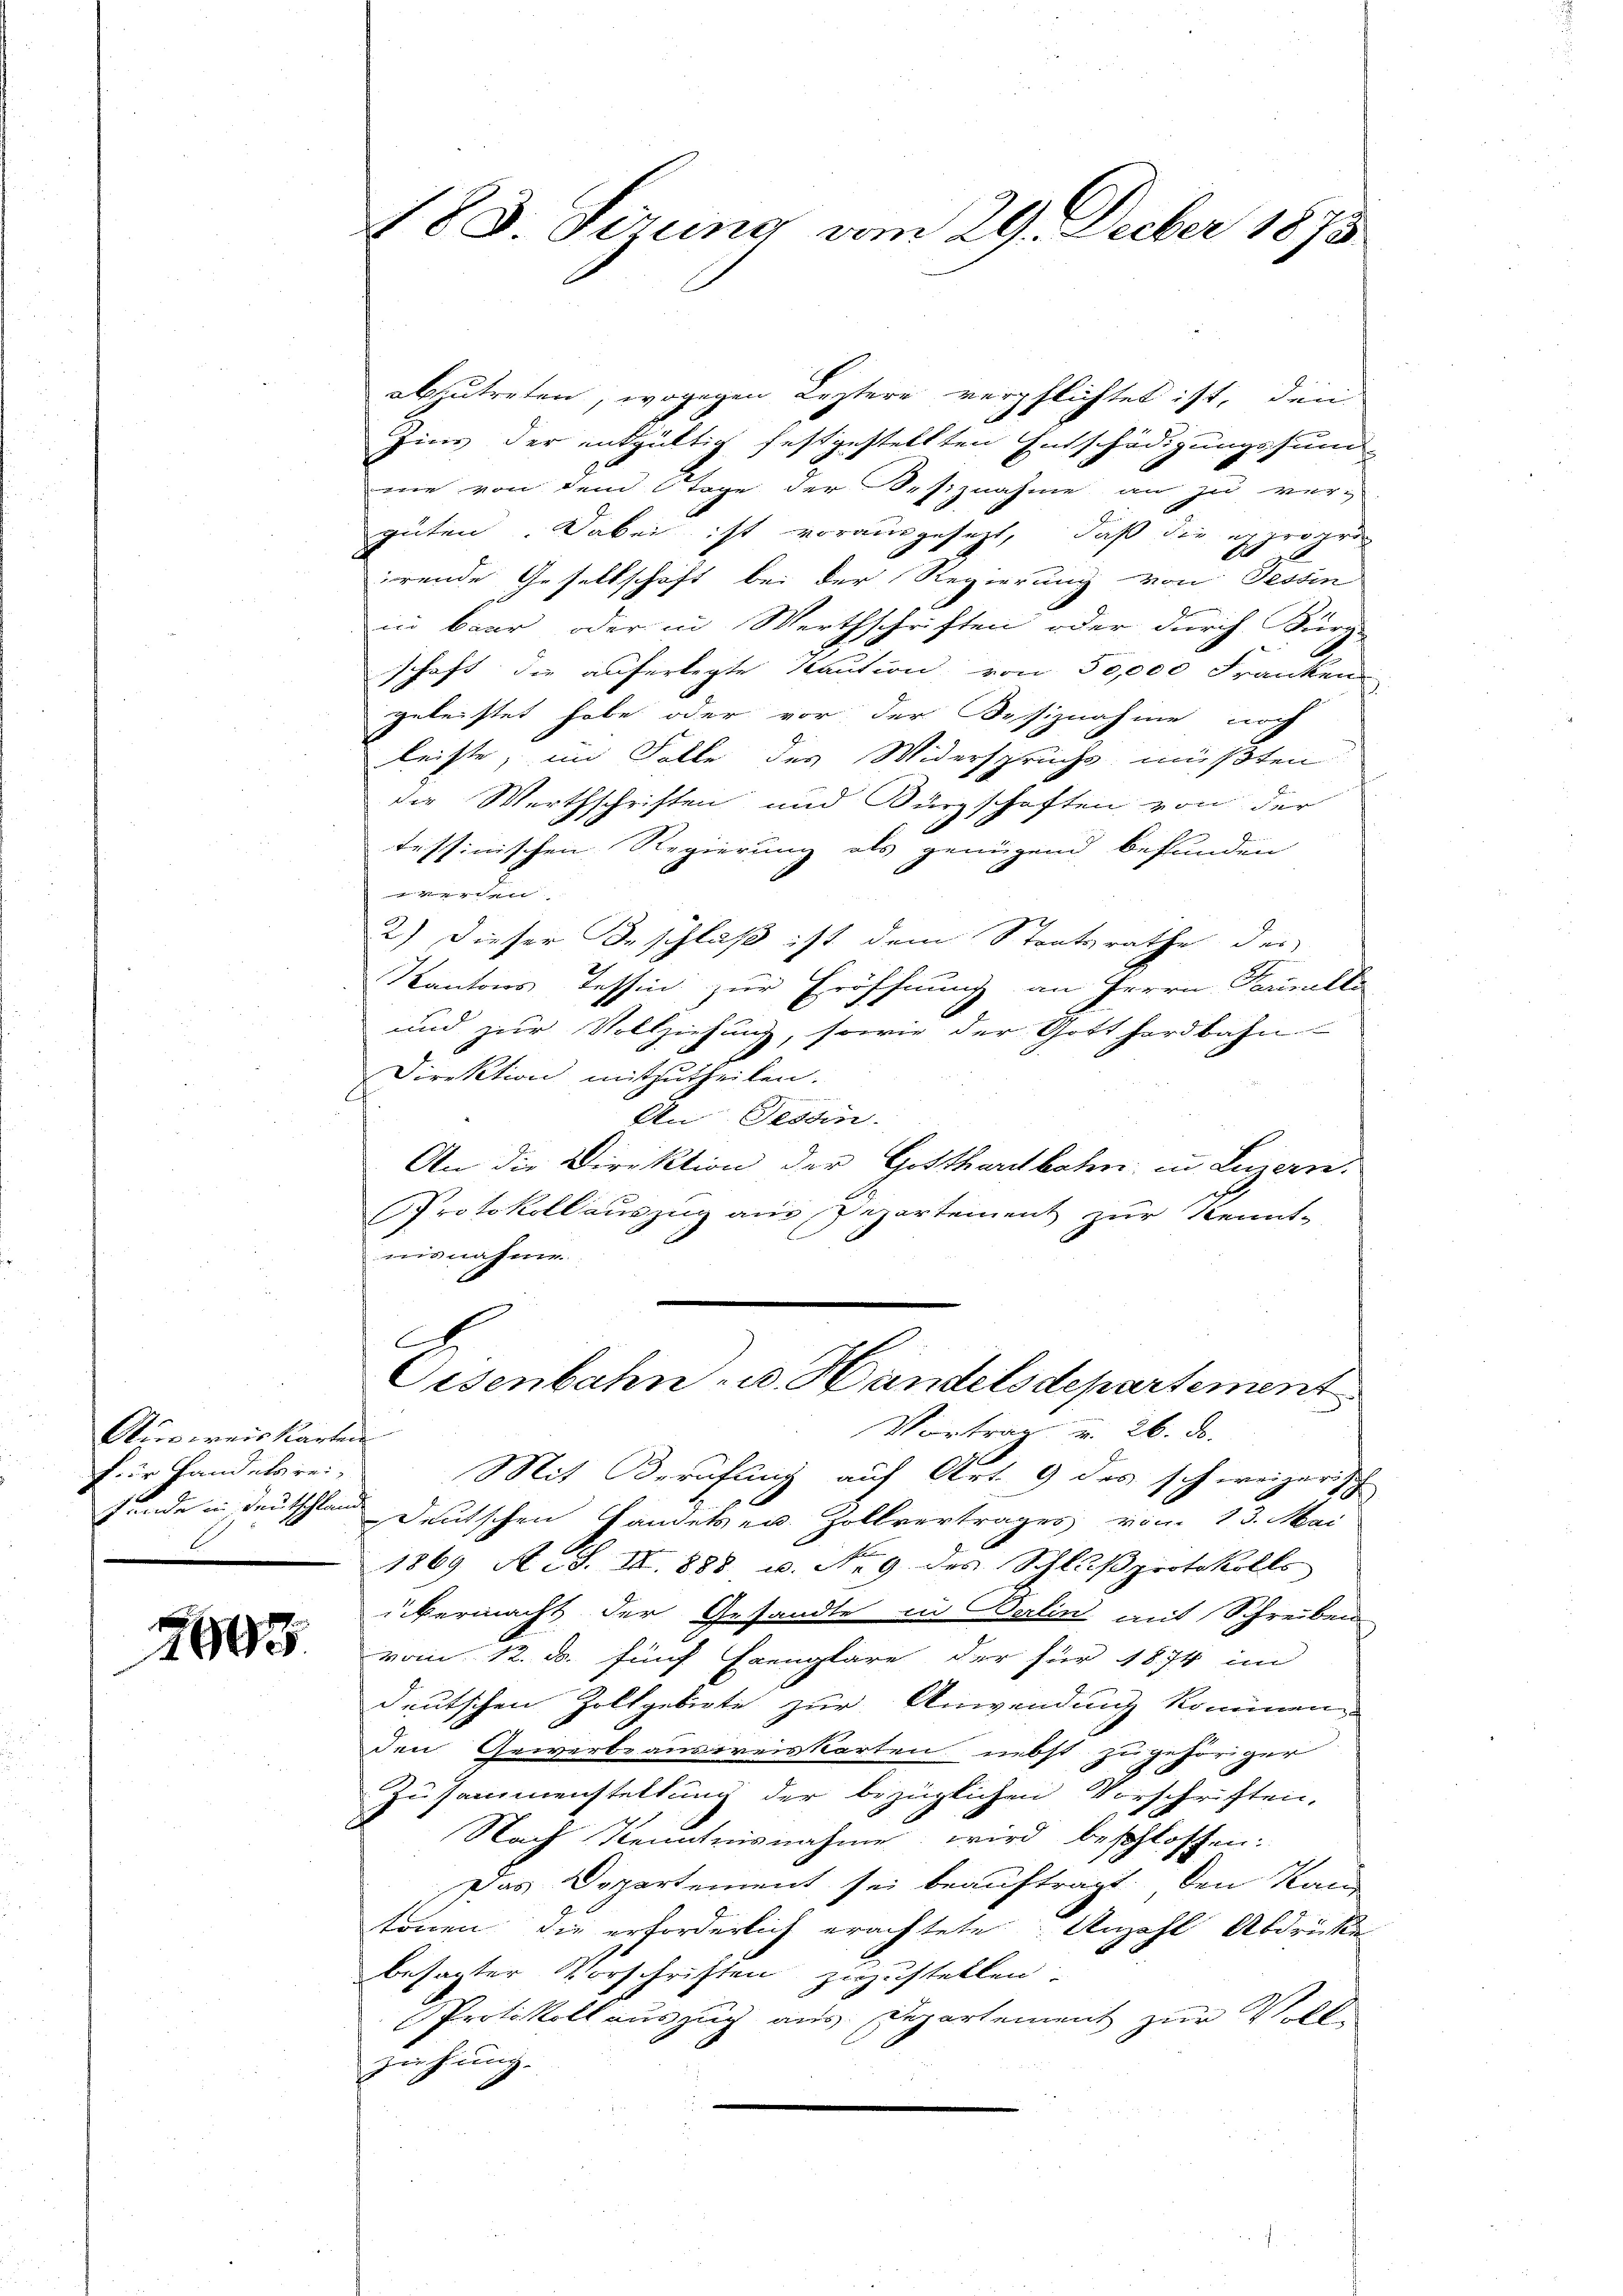
Ausweis karten
für Handelsrei-

1905

abzutreten, wogegen Leztere verpflichtet ist, denn
Zins der entgültig festgestellten Entschädigungssum-
mie von dem Tage der Besiznahme an zu ver-
güten. Dabei ist vorausgesetzt, daß die expropri
irende Gesellschaft bei der Regierung von Tessin
in baar oder in Werthschriften oder durch Burg-
schaft die auferlegte Kaution von 50,000 Franken
geleistet habe oder vor der Besiznahme noch
leiste, im Falle des Widerspruchs müßten
die Werthschriften und Bürgschaften von der
tessinischen Regierung als genügend befunden
n
2) Dieser Beschlaß ist dem Staatsrathe des
Kantons Tessin zur Eröffnung an Herrn Parinelle
und zur Vollziehung, sowie der Gotthardbahn-
Direktion mitzutheilen.
An Tessin.
An die Direktion der Gotthardbahn in Luzern.
Protokollauszug aus Departement zur Kennt-
nisnahme
C
Oisenbahn- u. Handelsdepartement
Vortrag v. 26. d.
Mit Berufung auf Art. 9 des schweizerisch
funde in deutschlan Deutschen Handessen. Zollvertrages vom 13. Mai
1869 A. S. III 888 u. Nr. 9 des Schlußprotokolls
übermacht der Gesandte in Berlin mit Schreiben
vom 12. d. fünf Exemplare der für 1874 im
deutschen Zollgebiete zur Anwendung kommen
den Gewerbsausweiskarten nebst zu gehöriger
Zusammenstaltung der bezüglichen Vorschriften,
Nach Kenntnisnahme wird beschlossen:
Das Departement sei beauftragt, den Kan
tönen, die erforderlich erachtete. Anzahl Abdrücke
besagter Vorschriften zuzustellen.
Protokoll auszug aus Departement zur Vollziehung.

183. Sirung vom 29. Decber 1873